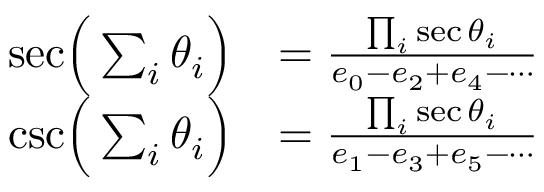
{ \begin{array} { r l } { { \sec } { \Bigl ( } \sum _ { i } \theta _ { i } { \Bigr ) } } & { = { \frac { \prod _ { i } \sec \theta _ { i } } { e _ { 0 } - e _ { 2 } + e _ { 4 } - \cdots } } } \\ { { \csc } { \Bigl ( } \sum _ { i } \theta _ { i } { \Bigr ) } } & { = { \frac { \prod _ { i } \sec \theta _ { i } } { e _ { 1 } - e _ { 3 } + e _ { 5 } - \cdots } } } \end{array} }